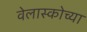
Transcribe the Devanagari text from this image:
वेलास्कोच्या